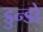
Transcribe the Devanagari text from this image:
डुन्डो